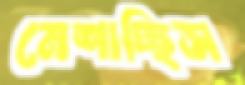
মেশাচ্ছিস